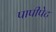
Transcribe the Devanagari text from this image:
पापीपेट